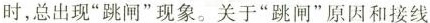
时，总出现”跳闸”现象。关于”跳闸”原因和接线